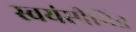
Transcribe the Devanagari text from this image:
स्वयंसीमित